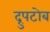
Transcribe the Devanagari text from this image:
द्रुपटोब